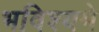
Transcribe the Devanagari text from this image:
भविश्यमे